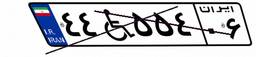
۸۹W۱۹۹۸۰